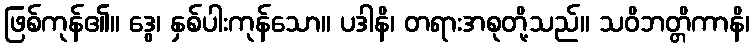
ဖြစ်ကုန်၏။ ဒွေ၊ နှစ်ပါးကုန်သော။ ပဒါနိ၊ တရားအစုတို့သည်။ သဝိဘတ္တိကာနိ၊